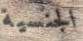
الجنسية